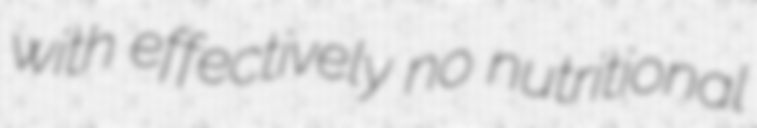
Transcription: with effectively no nutritional